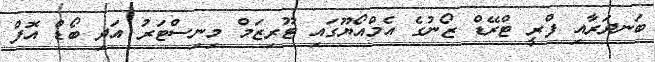
ބަނދަރާއި ފްރީ ޓްރޭޑް ޒޯނުގެ އެމްއޯޔޫގައި ޓޫރިޒަމް މިނިސްޓަރު އަދި ބޯޑް އޮފް